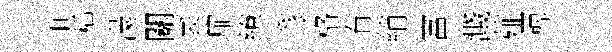
世横滿關衾扉繚豸格有綃富濺薤椑